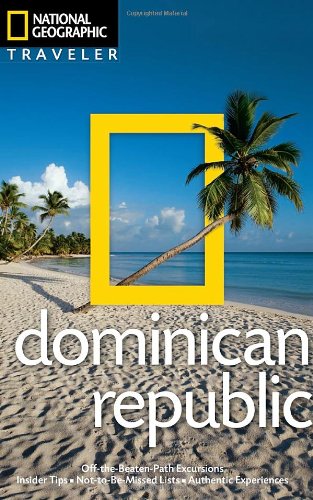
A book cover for National Geographic Traveler: Dominican Republic, 2nd edition; Christopher Baker; Travel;